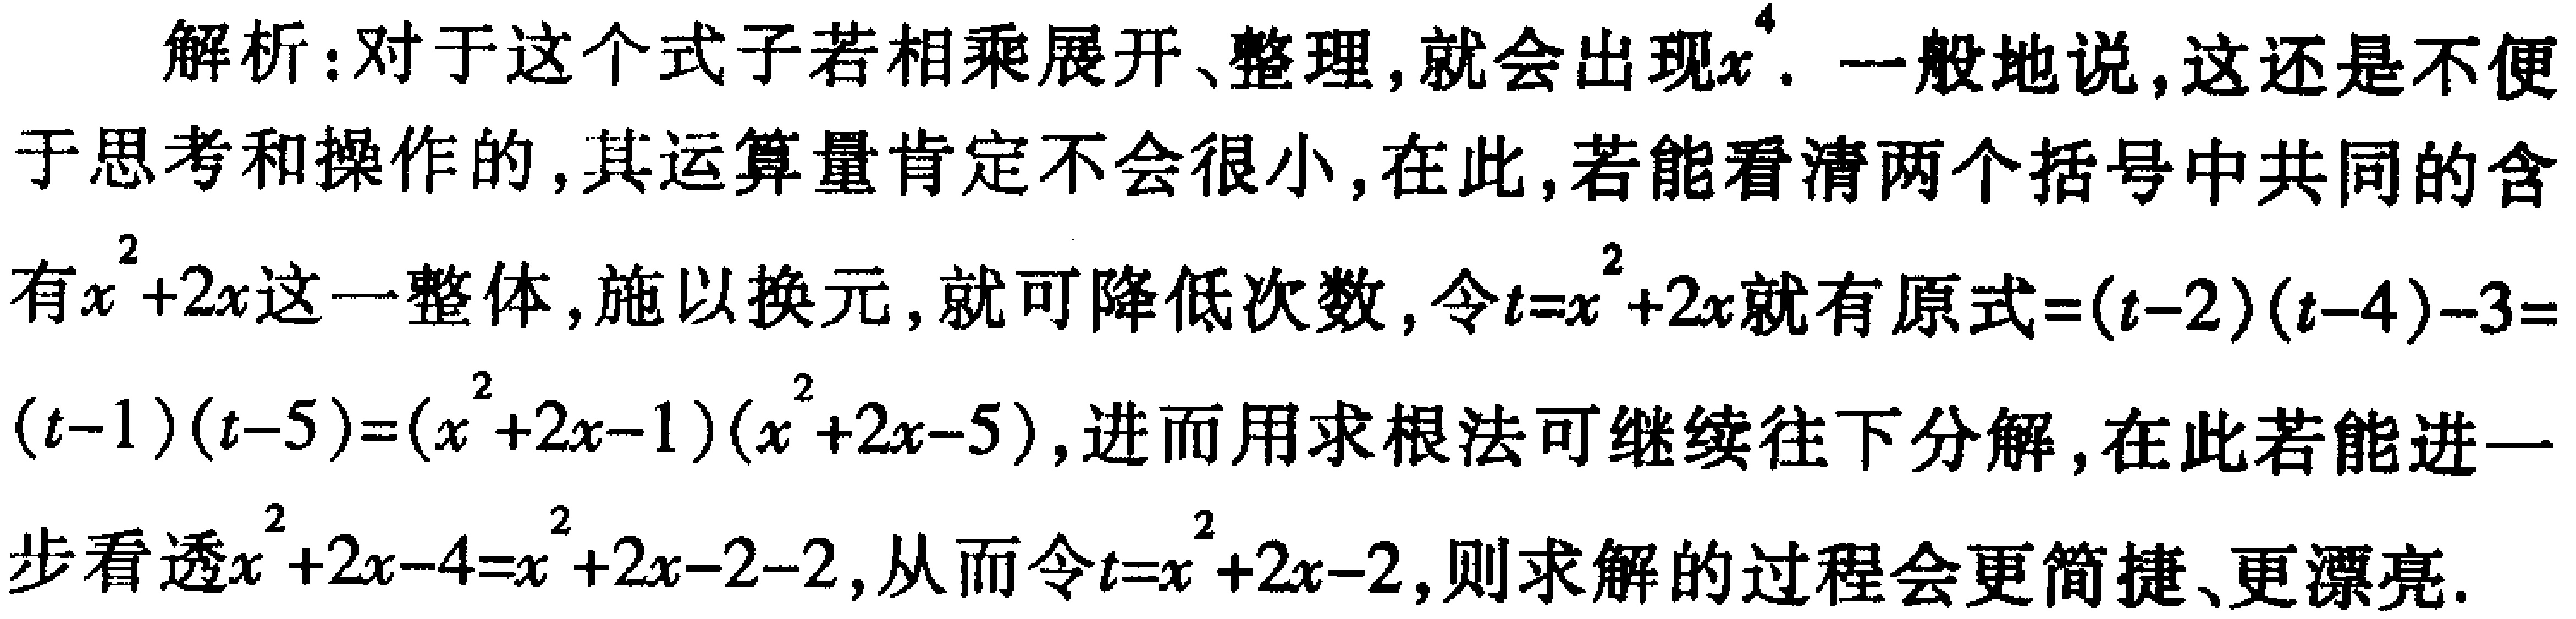
解析：对于这个式子若相乘展开、整理，就会出现\(x^{4}\). 一般地说，这还是不便于思考和操作的，其运算量肯定不会很小，在此，若能看清两个括号中共同的含有\(x^{2}+2x\)这一整体，施以换元，就可降低次数，令\(t = x^{2}+2x\)就有原式\(=(t - 2)(t - 4)-3=(t - 1)(t - 5)=(x^{2}+2x - 1)(x^{2}+2x - 5)\)，进而用求根法可继续往下分解，在此若能进一步看透\(x^{2}+2x - 4=x^{2}+2x - 2-2\)，从而令\(t = x^{2}+2x - 2\)，则求解的过程会更简捷、更漂亮.